Leaving Certificate Examination, 1919
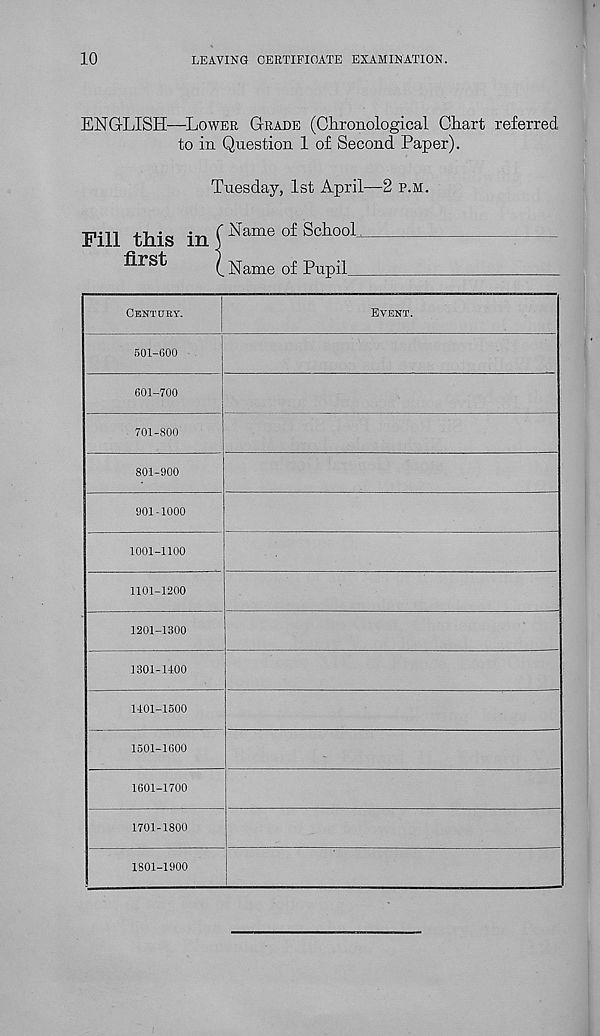
10
LEAVING CERTIFICATE EXAMINATION.
ENGLISH—LOWER GRADE (Chronological Chart referred
to in Question 1 of Second Paper).
Tuesday, 1st April—2 P.M.
Fill this in f Name o£ Scl1001
—
flrst
(. Name of Pupil
CENTURY.
EVENT.
501-600
601-700
701-800
801-900
901-1000
1001-1100
1101-1200
1201-1300
1301-1400
1401-1500
1501-1600
1601-1700
1701-1800
1801-1900